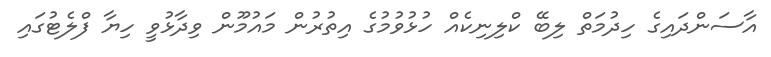
އާސަންދައިގެ ހިދުމަތް ލިބޭ ކްލިނިކެއް ހުޅުވުމުގެ އިތުރުން މައުމޫން ވިދާޅުވީ ހިޔާ ފްލެޓުގައި